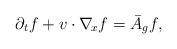
LaTeX: \begin{align*}\partial_t f + v\cdot\nabla_{\!x}f = \bar{A}_g f,\end{align*}